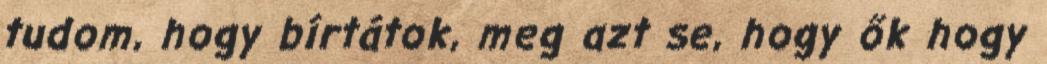
tudom, hogy bírtátok, meg azt se, hogy ők hogy